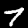
Digit: 7